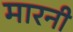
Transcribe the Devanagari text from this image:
मारनी